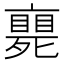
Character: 𠆚